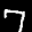
Label: 7